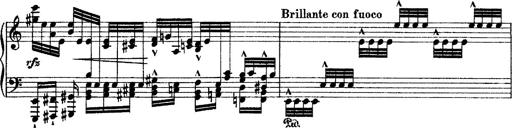
Title: Grande fantasie di bravura sur La clochette
Composer: Franz Liszt
Key: A minor